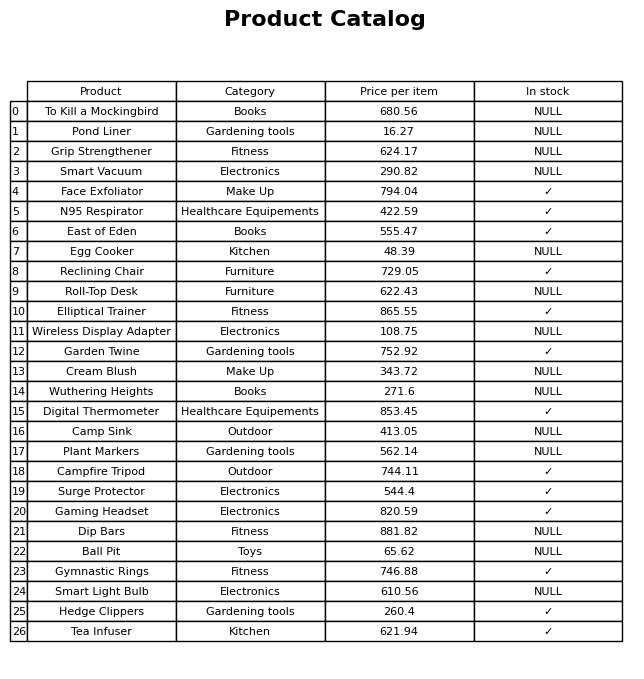
question: What is the price of the Face Exfoliator?
answer: The price of Face Exfoliator is 794.04.